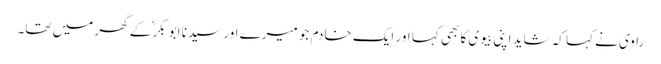
راوی نے کہا کہ شاید اپنی بیوی کا بھی کہا اور ایک خادم جو میرے اور سیدنا ابو بکرؓ کے گھر میں تھا۔